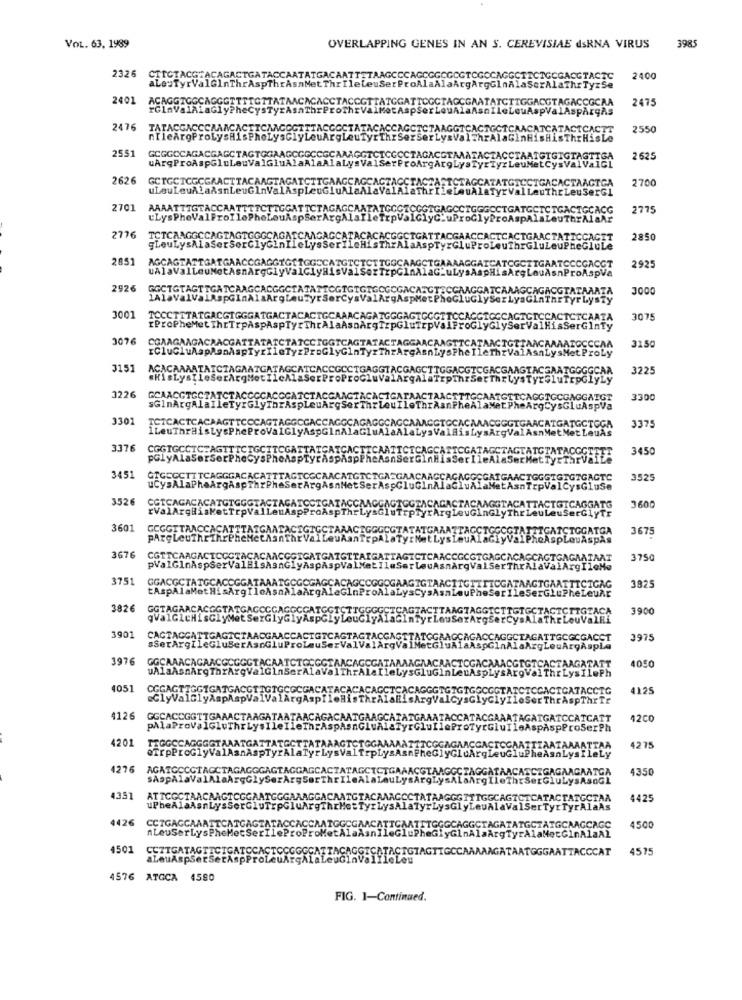
3985
VOL. 63. 1989
OVERLAPPING GENES IN AN S. CEREVISIAE dsRNA VIRUS
2326
aLeuTyrValGlnThrAspThrAsnMet ThrIl
CTICTACGTACAGACTGATACCAATATGACAATTTTAAGCCCAGCGGCGCGTCGCCAGGCTTCTGCGACGTACTC
2400
eleuSerProAlaAlaArgArgGlnAlaSerAlaThrTyrSe
2401
ACAGGTGGCAGGGTTTIGTTATAACACACCTACCG
GGAT
GCTACCGAATATCTTGGACGTAGACCGCAA
2475
ThrPro
rValMetAspSerLeuAlaAsnIleLeuAspValAspArgAs
2476
TATACGACCCAAMCACTTCAAGOGTTTACGG
ATACACCAGCTCTAAGGICACTGCTCAACATCATACTCACTT
2550
nIleArgProLysHisPhoLysGlyLeuArg
uTyrIhrSerser LysValThrAlaGinHisHisThrHisLe
2551
GCGGCCAGACGAGCTAGTGGAAGCO
uArqProAspGluLeuValGluAlaAlaAla
AATACTA
IGTGIGTAGT
etCysValVa1GL
2.625
2626
GCTGCTCGCGRACTTACAAGTAGATCTTGAM
IGACACTAAGTGA
2700
uLeuLeuAla&snLeuGlnValAspLeuGlu?
BuThrLeuSerGl
SLEZ
2701
AAAATTTGTACCAAT
STCTG
uLysPheValP
2776
TCTCAAGGCCAGTAGTGG
2850
gLeuLysAla
285
AGCAGTATTGATGAACO
uAlaValLeuNetAs
2925
2926
GGCTGTAGTTGATCAAGCACGGCIA
3000
1AlaValVaLAspGInAlaArg
3001
TCCCTTTATGACGIGGGATGACTACACT
3075
rPropheMet IhrTrpAspAspTyrTh
2076
CGAAGAAGACRACGATTATATCTATCCI
rCluCluAspAanAspTyr
31.50
3151
ACACAAAATAICTAGAAT
TAGCAT
3225
.HisLysIleSerArqMe
3226
GCAACGTGCT
COCACCCATCT
3300
sGlnArgAlaI
arAspLA
330
TAGGCCA
1LeuThraisLysPhePr
IGlyA
3375
3376
CGGTGCCIC
3450
3451
GTGECCTTTC
3525
ucysAlaPhe
luse
352
CGTCAGACAC
rValArqHis
3600
3601 GOGGITAACCACA
3601
3675
PARCLeuThEThrE
3676
CGTTCAAGACICO
pValGlnAspSert
CGGTG
3750
PV .
375
GGACGCTATGCAC
3825
tAspAlaMetHis
382
GGTAGAACACGGT
3900
qvalGlcHisGly
3901
CACTACCATTGAG
ACCA
GCGCGACCT
1975
sSerArgileclube
uArgAspLa
3976
GGCAAACAGAACGCGG
4050
uAlaAsnArgThrAre
4051
CGGAGTIGGIGATGA
4125
4126
GGCACCGGTTGAAACTAAGATAATAAC
42CO
pålaProva1GluThrLysIle
4201
TEGGCCAGGGGTAAATG
@TrpProGlyValAanAs
4275
4276
AGATGOOGTAGCTAGAGGGAGTAGGAG
ATGA
1350
sAspAlaValAlaArgGlySerA
4351
ATTCOCTAACAAGTO
GCTAA
4425
uPheAlaAsrLysSerGluTrpG
4426
CCTGAGCAAATTCATGAGIA
nLeuSerLysPheMetSerIleP
CAGC
4500
4501
CCITGATAGTTCIGATCCACTCC
TTGC
TOGGAATTACCCAT
4575
aLeuAspSerSerAspProLeuA
4576 ATGCA 4580
FIG. 1-Continued.